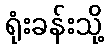
ရုံးခန်းသို့